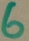
Text: 6